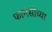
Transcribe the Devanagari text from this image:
फार्मसीच्या